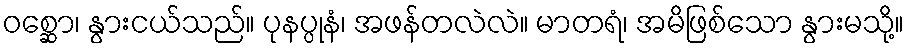
ဝစ္ဆော၊ နွားငယ်သည်။ ပုနပ္ပုနံ၊ အဖန်တလဲလဲ။ မာတရံ၊ အမိဖြစ်သော နွားမသို့။